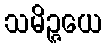
သမိဉ္ဇယေ